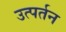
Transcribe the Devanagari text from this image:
उत्पर्तन